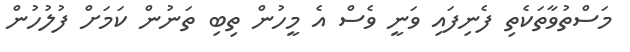
މަސްތުވާތަކެތި ފެނިފައި ވަނީ ވެސް އެ މީހުން ތިބި ތަނުން ކަމަށް ފުލުހުން